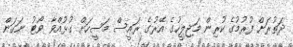
ދަތުރަށް ފުރުމުގެ ކުރިން މަޖިލީހުގެ އޭރުގެ ރައީސް މަސީހަށް ގުޅުއްވާ ވޯޓު ނަގަން